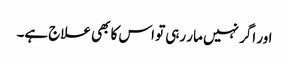
اور اگر نہیں مار رہی تو اس کا بھی علاج ہے۔